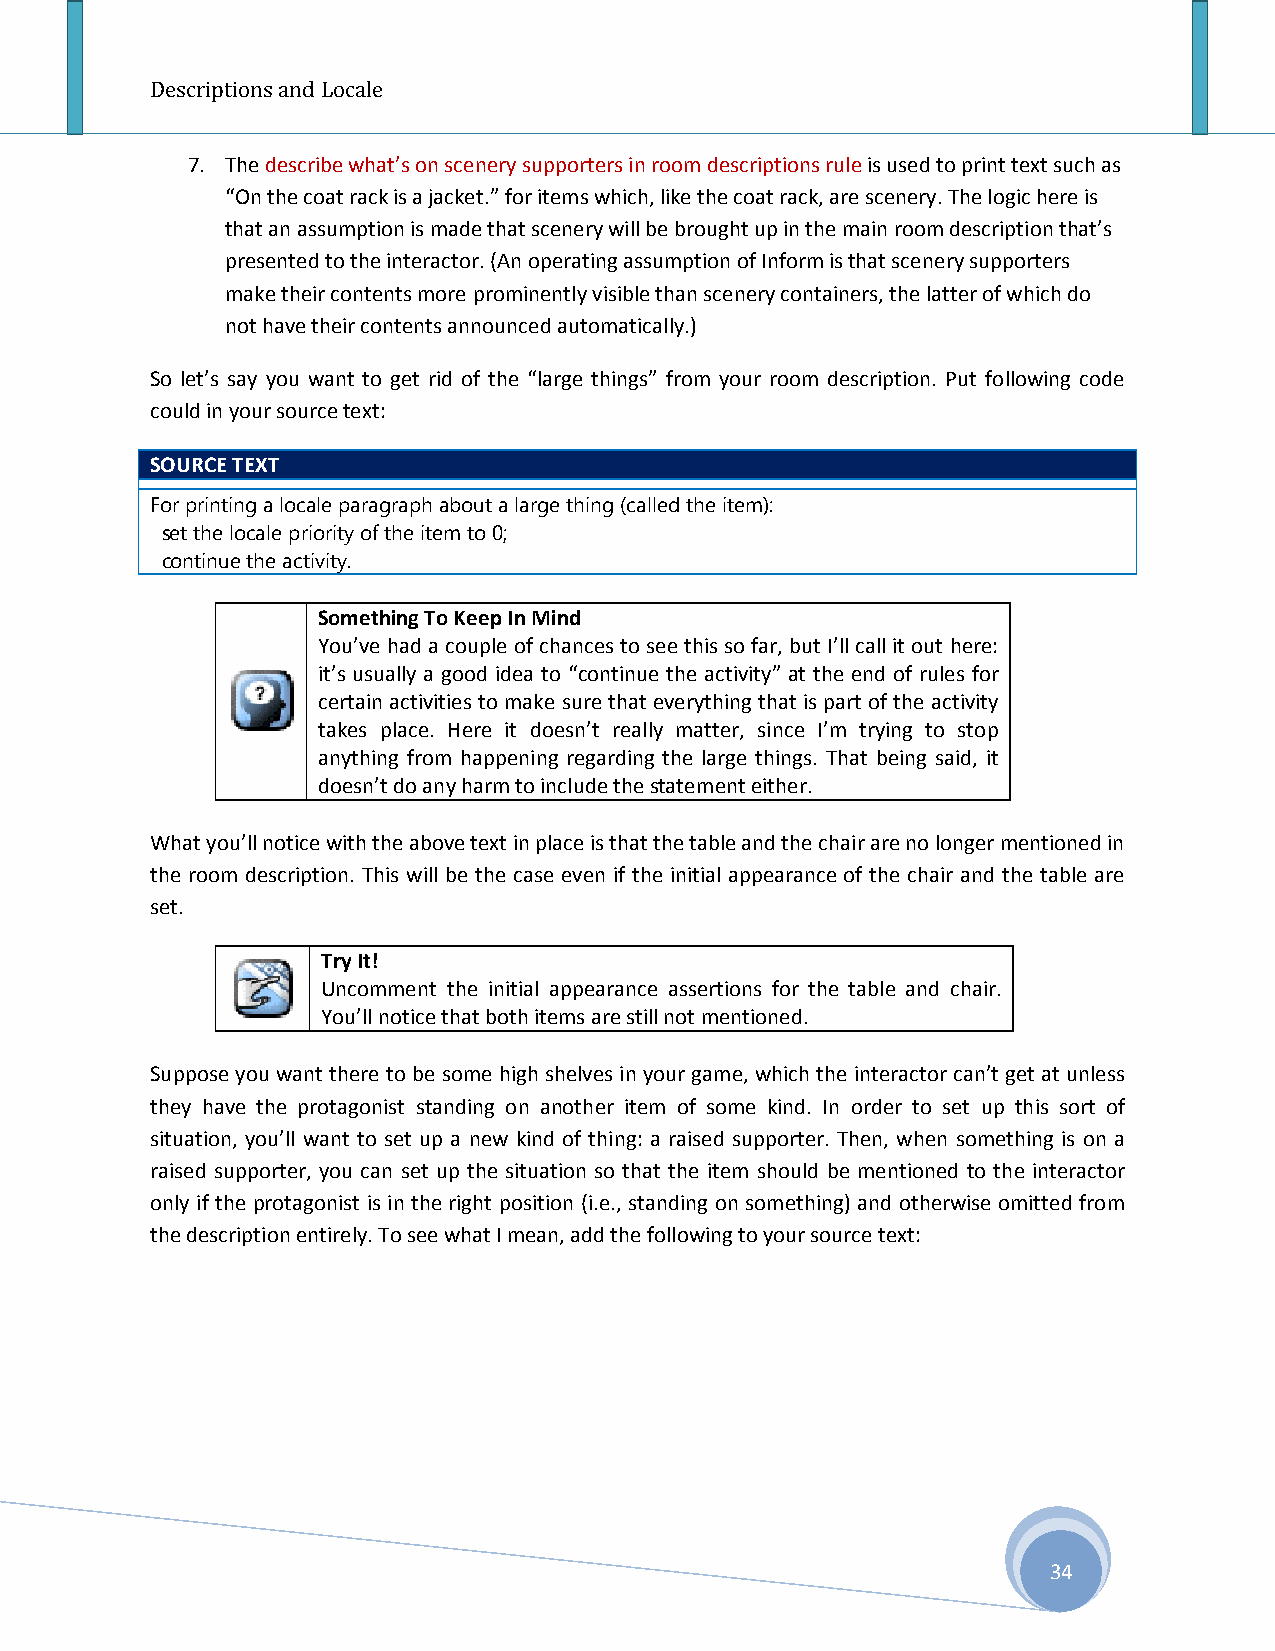
Descriptions and Locale
 7. The describe what’s on scenery supporters in room descriptions rule is used to print text such as
 “On the coat rack is a jacket.” for items which, like the coat rack, are scenery. The logic here is
 that an assumption is made that scenery will be brought up in the main room description that’s
 presented to the interactor. (An operating assumption of Inform is that scenery supporters
 make their contents more prominently visible than scenery containers, the latter of which do
 not have their contents announced automatically.)
 So let’s say you want to get rid of the “large things” from your room description. Put following code
 could in your source text:
 SOURCE TEXT
 For printing a locale paragraph about a large thing (called the item):
 set the locale priority of the item to 0;
 continue the activity.
 Something To Keep In Mind
 You’ve had a couple of chances to see this so far, but I’ll call it out here:
 it’s usually a good idea to “continue the activity” at the end of rules for
 certain activities to make sure that everything that is part of the activity
 takes place. Here it doesn’t really matter, since I’m trying to stop
 anything from happening regarding the large things. That being said, it
 doesn’t do any harm to include the statement either.
 What you’ll notice with the above text in place is that the table and the chair are no longer mentioned in
 the room description. This will be the case even if the initial appearance of the chair and the table are
 set.
 Try It!
 Uncomment the initial appearance assertions for the table and chair.
 You’ll notice that both items are still not mentioned.
 Suppose you want there to be some high shelves in your game, which the interactor can’t get at unless
 they have the protagonist standing on another item of some kind. In order to set up this sort of
 situation, you’ll want to set up a new kind of thing: a raised supporter. Then, when something is on a
 raised supporter, you can set up the situation so that the item should be mentioned to the interactor
 only if the protagonist is in the right position (i.e., standing on something) and otherwise omitted from
 the description entirely. To see what I mean, add the following to your source text:
 34